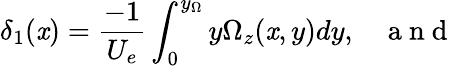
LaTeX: \delta_{1}(\mathit{x})=\frac{{-1}}{{U_{e}}}\int_{0}^{y_{\Omega}}y\Omega_{z}(\mathit{x},y)dy,\, \, \, \, \, \mathrm{{~a~n~d~}}